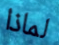
لماذا